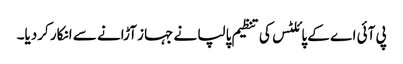
پی آئی اے کے پائلٹس کی تنظیم پالپا نے جہاز آڑانے سے انکار کردیا۔